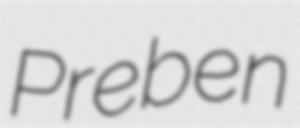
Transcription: Preben